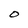
Character: O